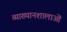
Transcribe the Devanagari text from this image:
व्याख्यानशालाओं